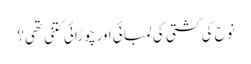
نوح کی کشتی کی لمبائی اور چوڑائی کتنی تھی؟